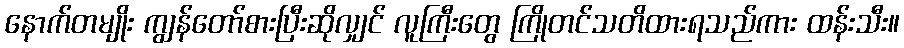
နောက်တမျိုး ကျွန်တော်စားပြီးဆိုလျှင် လူကြီးတွေ ကြိုတင်သတိထားရသည်ကား ထန်းသီး။